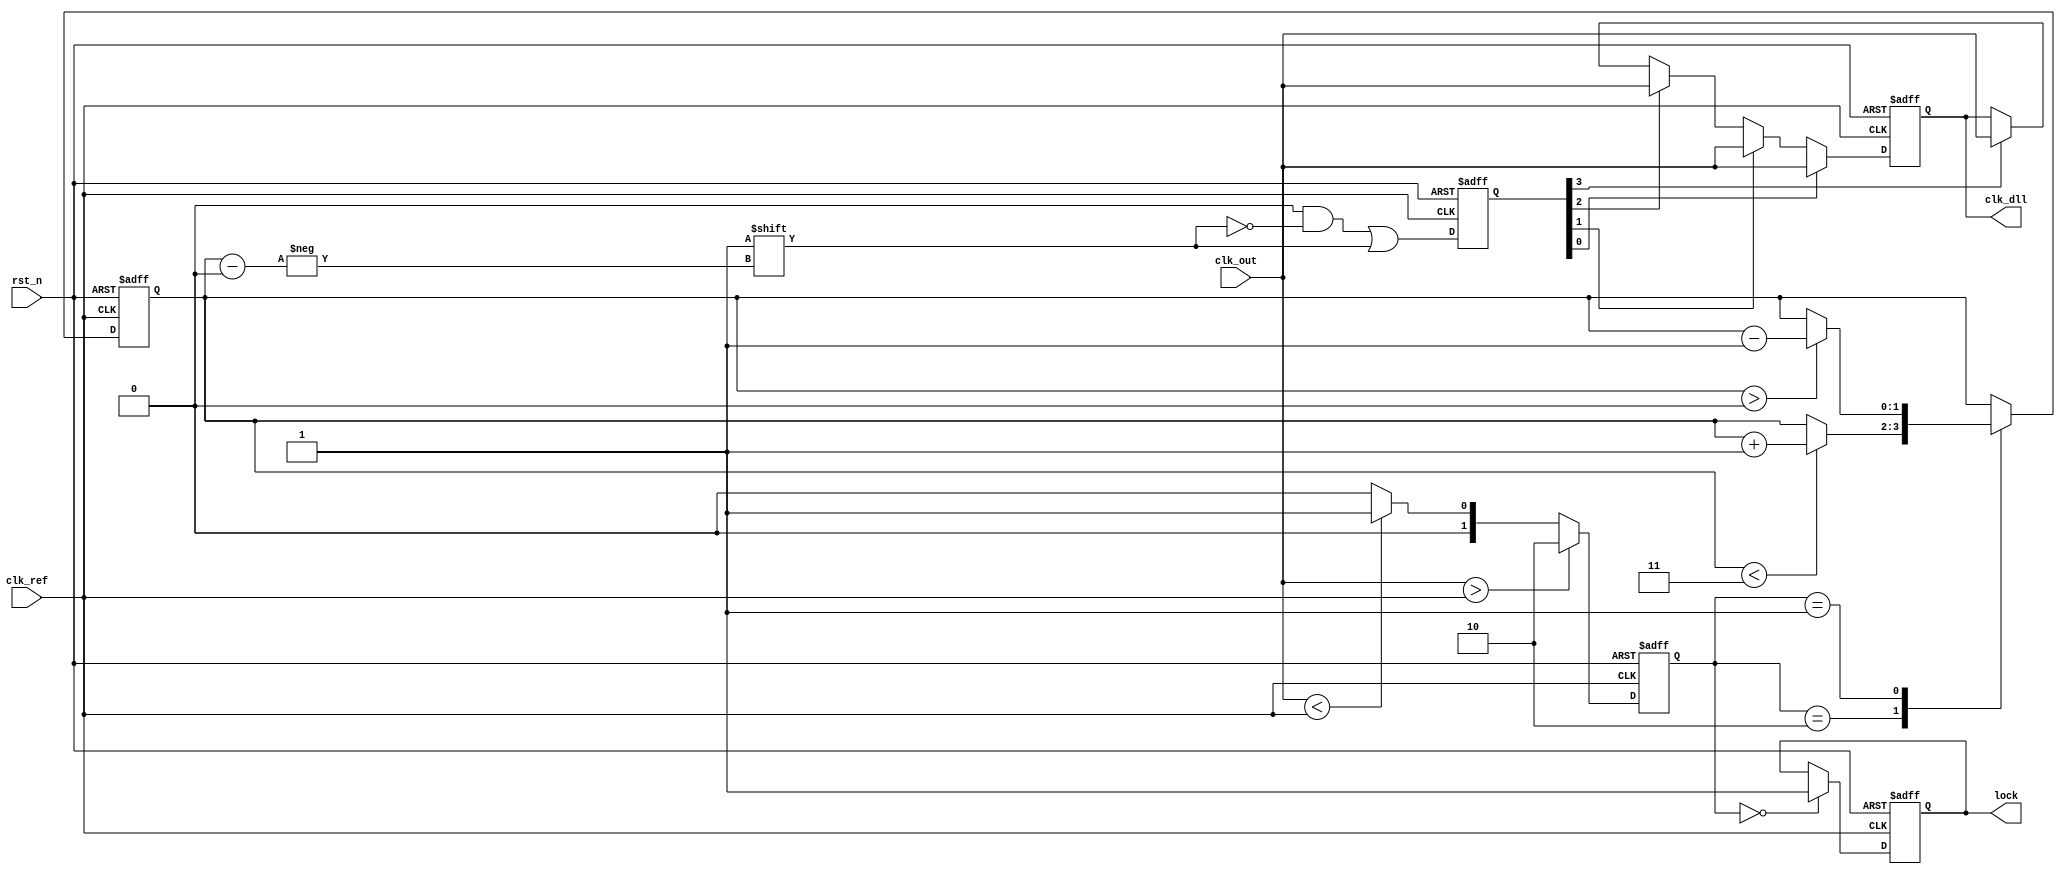
module dll_memory_blocks (
    input wire clk_ref,          // Reference clock input
    input wire clk_out,          // Output clock
    input wire rst_n,            // Active low reset
    output reg clk_dll,          // Delayed output clock
    output reg lock              // Lock indicator
);

    // Parameters for the DLL
    parameter NUM_DELAY_ELEMENTS = 4; // Number of delay elements
    parameter DELAY_STEP = 1;          // Fixed delay introduced by each element
    reg [NUM_DELAY_ELEMENTS-1:0] delay_line; // Delay line array
    reg [NUM_DELAY_ELEMENTS-1:0] delay_enable; // Delay enable signals
    reg [1:0] phase_error; // Phase error signal
    reg [1:0] delay_index; // Index for the delay elements
    
    // Phase Detector
    always @(posedge clk_ref or negedge rst_n) begin
        if (!rst_n) begin
            phase_error <= 2'b00; // Reset phase error
        end else begin
            // Simple Phase Detector logic (for example)
            if (clk_out > clk_ref) begin
                phase_error <= 2'b10; // Out of phase: clk_out ahead
            end else if (clk_out < clk_ref) begin
                phase_error <= 2'b01; // Out of phase: clk_ref ahead
            end else begin
                phase_error <= 2'b00; // In phase
            end
        end
    end

    // Control Logic for Delay Line Adjustment
    always @(posedge clk_ref or negedge rst_n) begin
        if (!rst_n) begin
            delay_enable <= 4'b0001; // Start with 1st delay element enabled
            delay_index <= 2'b00;     // Start at index 0
            lock <= 1'b0;             // Unlock by default
        end else begin
            case (phase_error)
                2'b10: begin // clk_out ahead of ref: increase delay
                    if (delay_index < NUM_DELAY_ELEMENTS - 1) begin
                        delay_index <= delay_index + 1;
                    end
                end
                2'b01: begin // clk_ref ahead of clk_out: decrease delay
                    if (delay_index > 0) begin
                        delay_index <= delay_index - 1;
                    end
                end
                2'b00: begin // Phase is locked
                    lock <= 1'b1; // Set lock indicator
                end
            endcase

            delay_enable <= 0;
            delay_enable[delay_index] <= 1; // Enable the current delay element
        end
    end
    
    // Delay Line Implementation
    always @(posedge clk_ref or negedge rst_n) begin
        if (!rst_n) begin
            clk_dll <= 1'b0;
        end else begin
            // Based on delay enable: create the delayed clock
            if (delay_enable[0]) begin
                clk_dll <= clk_out; // Pass through without delay
            end else if (delay_enable[1]) begin
                #DELAY_STEP clk_dll <= clk_out; // One unit delay
            end else if (delay_enable[2]) begin
                #({2*DELAY_STEP}) clk_dll <= clk_out; // Two unit delay
            end else if (delay_enable[3]) begin
                #({3*DELAY_STEP}) clk_dll <= clk_out; // Three unit delay
            end 
        end
    end

endmodule